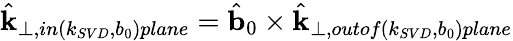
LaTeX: \hat{\mathbf{k}}_{\perp,in(k_{SVD},b_{0})plane}=\hat{\mathbf{b}}_{0}\times\hat{\mathbf{k}}_{\perp,outof(k_{SVD},b_{0})plane}